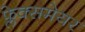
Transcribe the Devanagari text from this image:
फ्लेक्समेयर